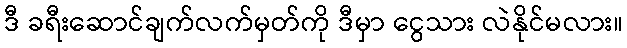
ဒီ ခရီးဆောင်ချက်လက်မှတ်ကို ဒီမှာ ငွေသား လဲနိုင်မလား။